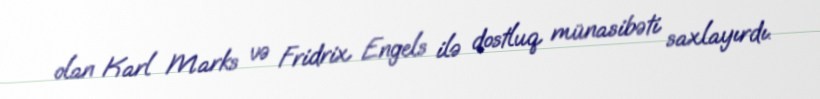
olan Karl Marks və Fridrix Engels ilə dostluq münasibəti saxlayırdı.